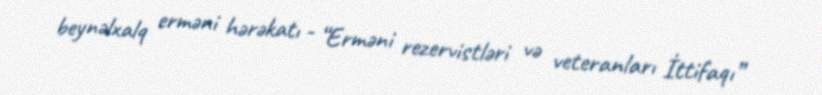
beynəlxalq erməni hərəkatı - “Erməni rezervistləri və veteranları İttifaqı”